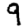
Digit: 9